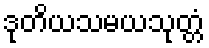
ဒုတိယသမယသုတ္တံ